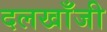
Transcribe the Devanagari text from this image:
दलखाँजी